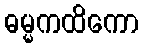
ဓမ္မကထိကော